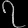
Digit: ၇